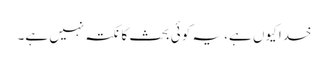
خدا کیوں ہے، یہ کوئی بحث کا نکتہ نہیں ہے۔